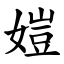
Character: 㜐